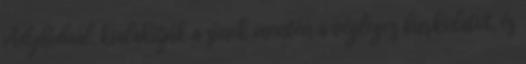
Adyhídnál, kialakítják a sínek mentén a végleges burkolatot, és